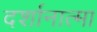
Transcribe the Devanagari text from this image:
दर्शानात्मा